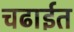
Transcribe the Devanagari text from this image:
चढाईत